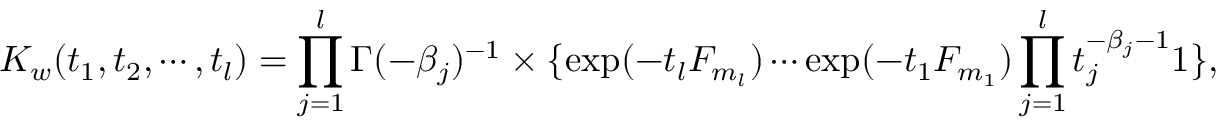
K _ { w } ( t _ { 1 } , t _ { 2 } , \cdots , t _ { l } ) = \prod _ { j = 1 } ^ { l } \Gamma ( - \beta _ { j } ) ^ { - 1 } \times \{ \exp ( - t _ { l } F _ { m _ { l } } ) \cdots \exp ( - t _ { 1 } F _ { m _ { 1 } } ) \prod _ { j = 1 } ^ { l } t _ { j } ^ { - \beta _ { j } - 1 } 1 \} ,